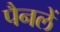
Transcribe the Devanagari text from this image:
पैनलें